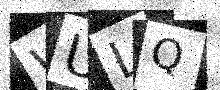
Text: WULQ